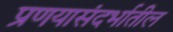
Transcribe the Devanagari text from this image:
प्रणयासंदर्भातील